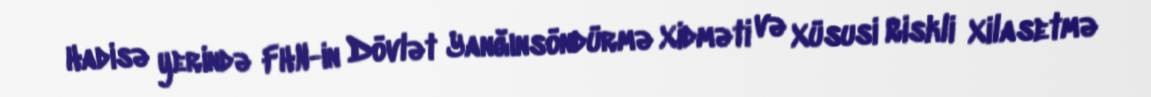
Hadisə yerində FHN-in Dövlət Yanğınsöndürmə Xidməti və Xüsusi Riskli Xilasetmə